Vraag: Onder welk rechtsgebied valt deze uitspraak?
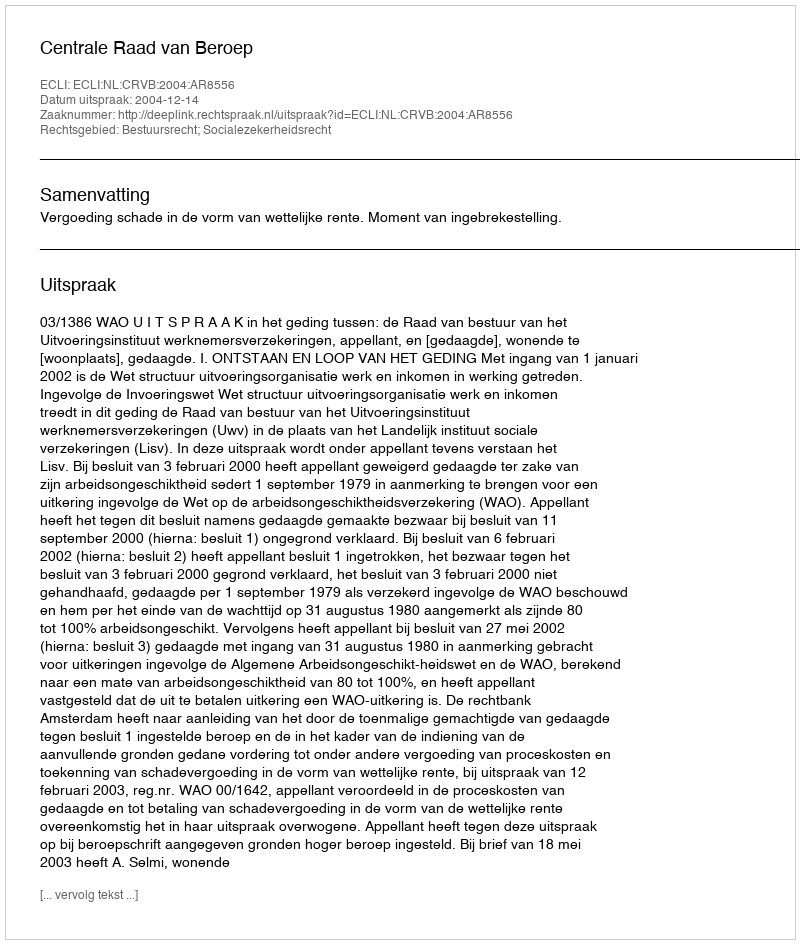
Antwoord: Bestuursrecht; Socialezekerheidsrecht